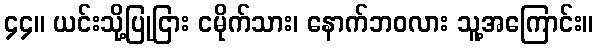
၄၄။ ယင်းသို့ပြုငြား ငမိုက်သား၊ နောက်ဘဝလား သူ့အကြောင်း။